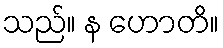
သည်။ န ဟောတိ။